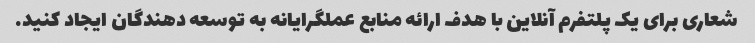
شعاری برای یک پلتفرم آنلاین با هدف ارائه منابع عملگرایانه به توسعه دهندگان ایجاد کنید.